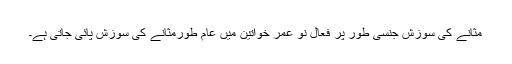
مثانے کی سوزش جنسی طور پر فعّال نو عمر خواتین میں عام طورمثانے کی سوزش پائی جاتی ہے۔